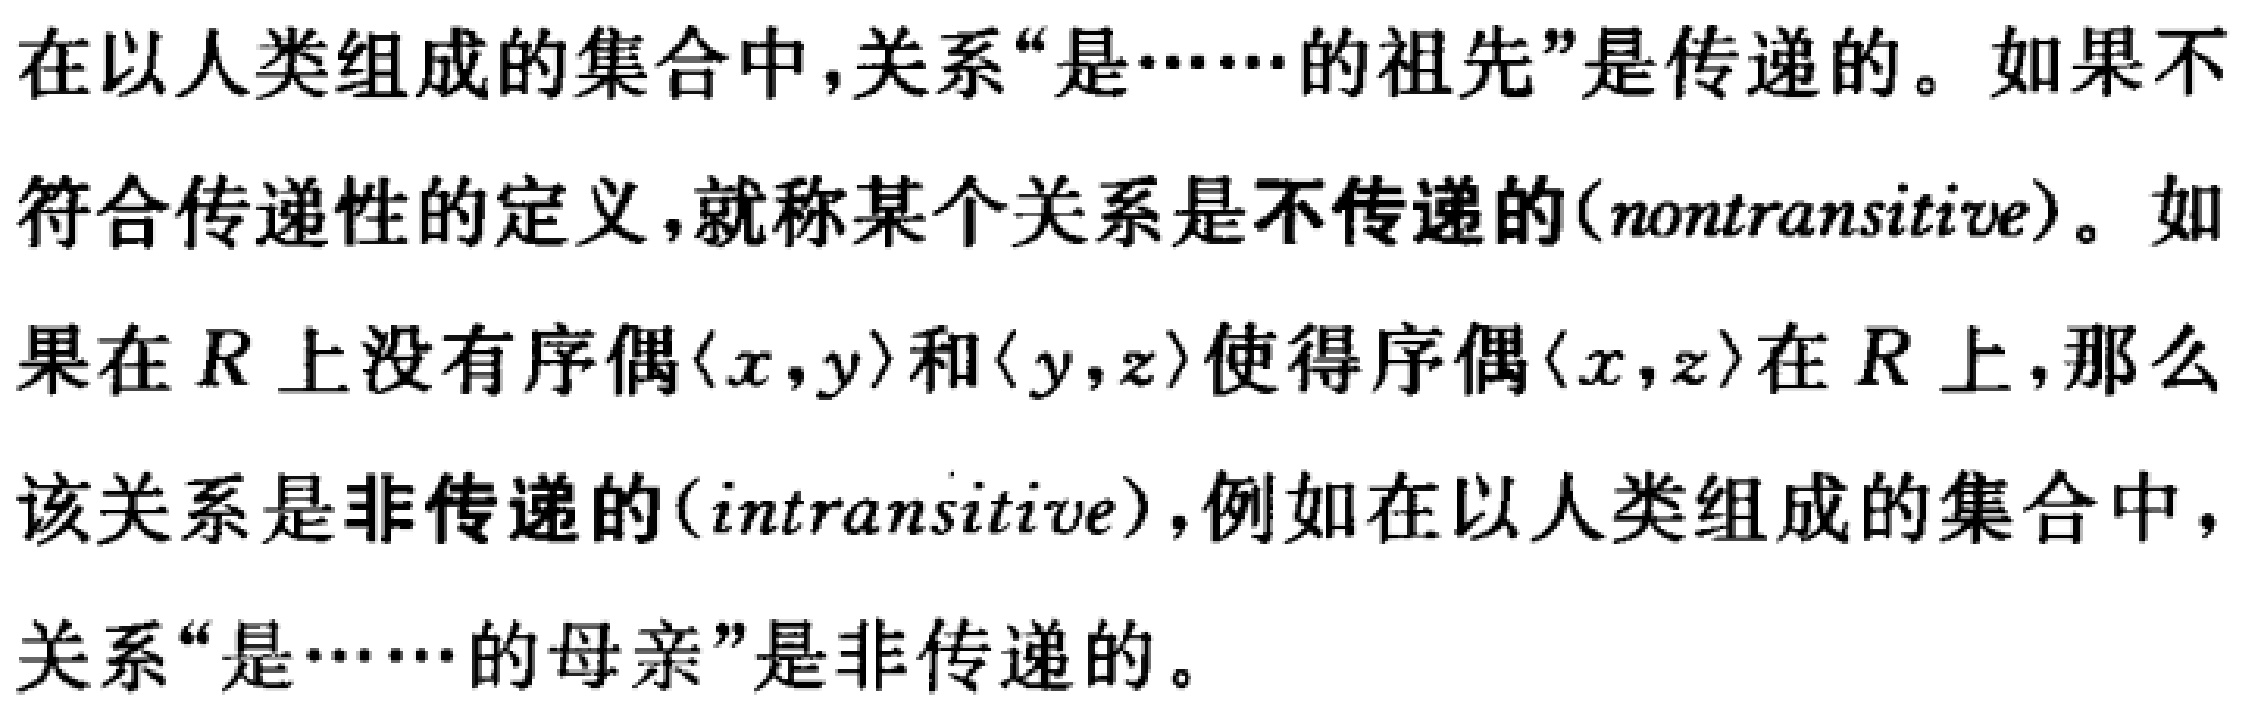
在以人类组成的集合中,关系“是……的祖先”是传递的。如果不符合传递性的定义,就称某个关系是不传递的(nontransitive)。如果在$R$上没有序偶$\langle x,y\rangle$和$\langle y,z\rangle$使得序偶$\langle x,z\rangle$在$R$上,那么该关系是非传递的(intransitive),例如在以人类组成的集合中,关系“是……的母亲”是非传递的。